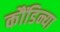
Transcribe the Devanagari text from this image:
कौंडिन्या